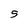
Character: S